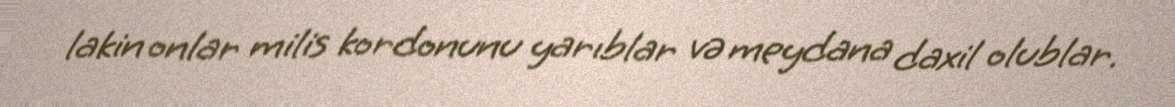
lakin onlar milis kordonunu yarıblar və meydana daxil olublar.